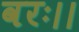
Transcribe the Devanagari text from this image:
वरः।।